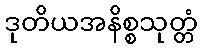
ဒုတိယအနိစ္စသုတ္တံ